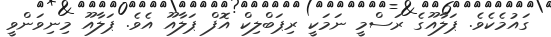
ގައުމެކެވެ. ޕަލާއޫގެ ރަސްމީ ނަމަކީ ރިޕަބްލިކް އޮފް ޕަލާއޫ އެވެ. ޕަލާއޫ މިނިވަންވީ